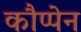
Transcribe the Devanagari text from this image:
कौप्पेन